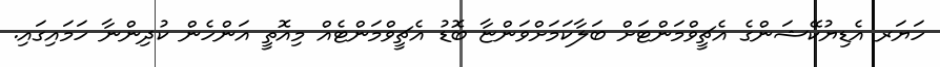
ހަޔަރ އެޑިޔުކޭޝަންގެ އެޗީވްމަންޓަށް ބަލާކަމަށްވަންޏާ ބޮޑު އެޗީވްމަންޓެއް މިއޮތީ އަންހެން ކުދިންނާ ހަމައިގައި.